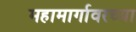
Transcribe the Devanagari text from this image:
महामार्गावरच्या